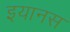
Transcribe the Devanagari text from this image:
इयानस